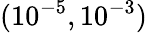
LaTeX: (10^{-5},10^{-3})